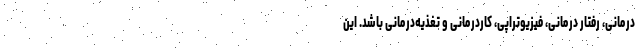
درمانی، رفتار درمانی، فیزیوتراپی، کاردرمانی و تغذیه‌درمانی باشد. این